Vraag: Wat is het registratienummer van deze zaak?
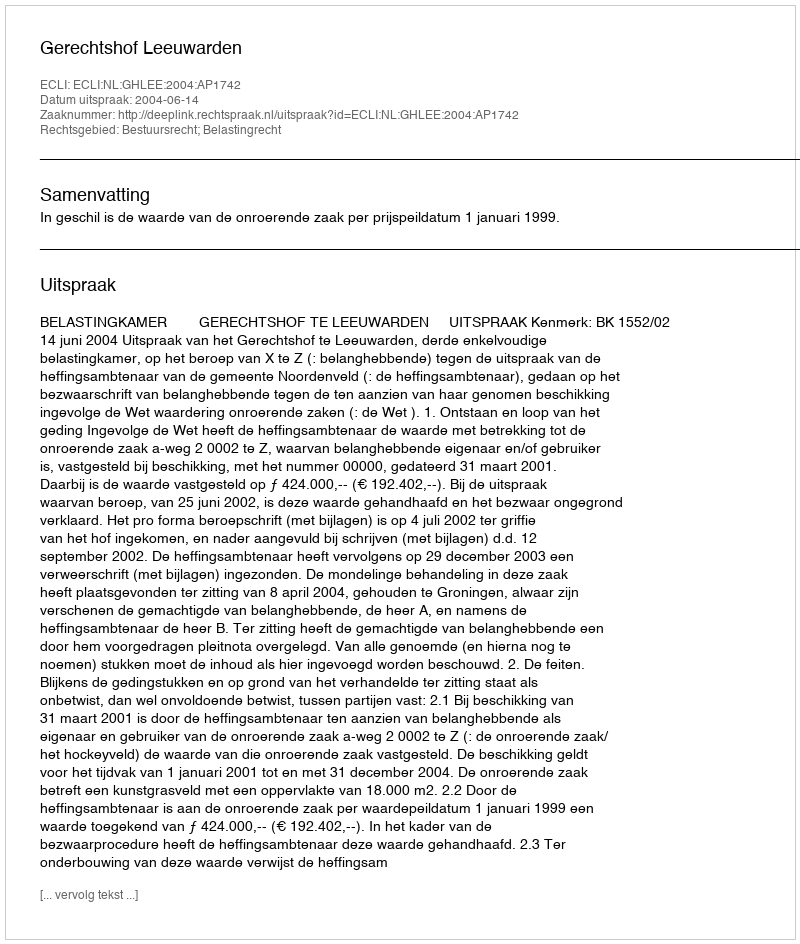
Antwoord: http://deeplink.rechtspraak.nl/uitspraak?id=ECLI:NL:GHLEE:2004:AP1742